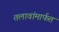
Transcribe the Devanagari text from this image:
तलावांमार्फत